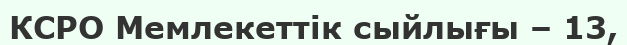
КСРО Мемлекеттік сыйлығы – 13,